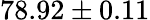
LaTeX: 78.92\pm 0.11